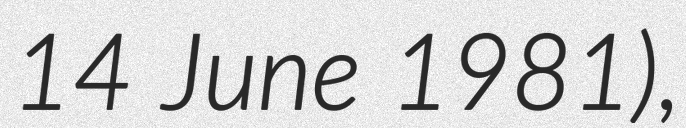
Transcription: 14 June 1981),